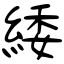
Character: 緌